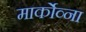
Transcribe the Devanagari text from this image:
मार्कोव्ना